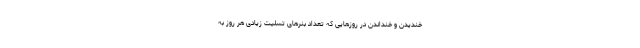
خندیدن و خنداندن در روزهایی که تعداد بنرهای تسلیت زیادی هر روز به